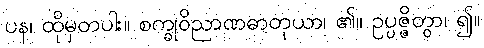
ပန၊ ထိုမှတပါး။ စက္ခုဝိညာဏဓာတုယာ၊ ၏။ ဥပ္ပဇ္ဇိတွာ၊ ၍။